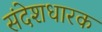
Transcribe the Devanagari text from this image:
संदेशधारक